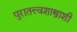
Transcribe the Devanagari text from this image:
पुरातत्त्वशास्त्राशी